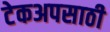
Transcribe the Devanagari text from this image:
टेकअपसाठी